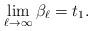
LaTeX: \begin{align*}\lim_{\ell\rightarrow \infty} \beta_{\ell} = t_1.\end{align*}